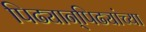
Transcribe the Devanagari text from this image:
पिढ्यान्‌पिढ्यांच्या